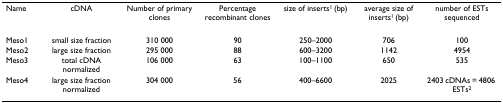
| Name | cDNA | Number of primary clones | Percentage recombinant clones | size of inserts1 (bp) | average size of inserts1 (bp) | number of ESTs sequenced |
 | --- | --- | --- | --- | --- | --- | --- |
 | Meso1 | small size fraction | 310 000 | 90 | 250–2000 | 706 | 100 |
 | Meso2 | large size fraction | 295 000 | 88 | 600–3200 | 1142 | 4954 |
 | Meso3 | total cDNA normalized | 106 000 | 63 | 100–1100 | 650 | 535 |
 | Meso4 | large size fraction normalized | 304 000 | 56 | 400–6600 | 2025 | 2403 cDNAs = 4806 ESTs2 |